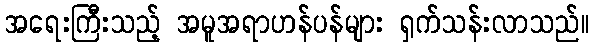
အရေးကြီးသည့် အမူအရာဟန်ပန်များ ရှက်သန်းလာသည်။